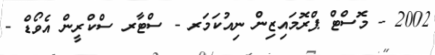
2002 - މޮސްޓް ޕްރޮމައިޒިން ނިއުކަމަރ - ސްޓާރ ސްކްރީން އެވޯޑް -